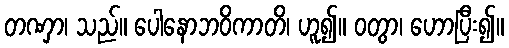
တဏှာ၊ သည်။ ပေါနောဘဝိကာတိ၊ ဟူ၍။ ဝတွာ၊ ဟောပြီး၍။